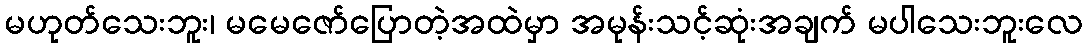
မဟုတ်သေးဘူး၊ မမေဇော်ပြောတဲ့အထဲမှာ အမုန်းသင့်ဆုံးအချက် မပါသေးဘူးလေ